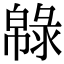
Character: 𢅞